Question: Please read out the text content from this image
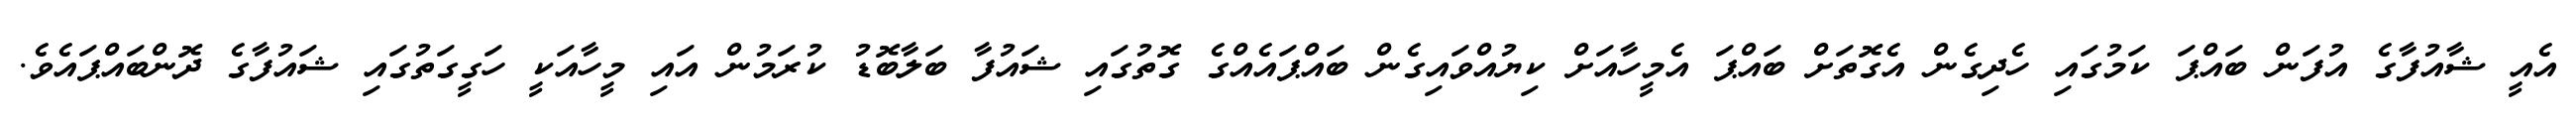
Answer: އެއީ ޝާއުފާގެ އުފަން ބައްޕަ ކަމުގައި ހެދިގެން އެގޮތަށް ބައްޕަ އެމީހާއަށް ކިޔުއްވައިގެން ބައްޕައެއްގެ ގޮތުގައި ޝައުފާ ބަލާބޮޑު ކުރަމުން އައި މީހާއަކީ ހަގީގަތުގައި ޝައުފާގެ ދޮންބައްޕައެވެ.